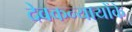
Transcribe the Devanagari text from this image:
देवकन्यायोंके